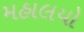
મહાલયો